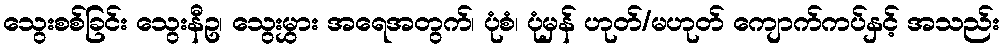
သွေးစစ်ခြင်း သွေးနီဥ၊ သွေးမွှား အရေအတွက်၊ ပုံစံ၊ ပုံမှန် ဟုတ်/မဟုတ် ကျောက်ကပ်နှင့် အသည်း